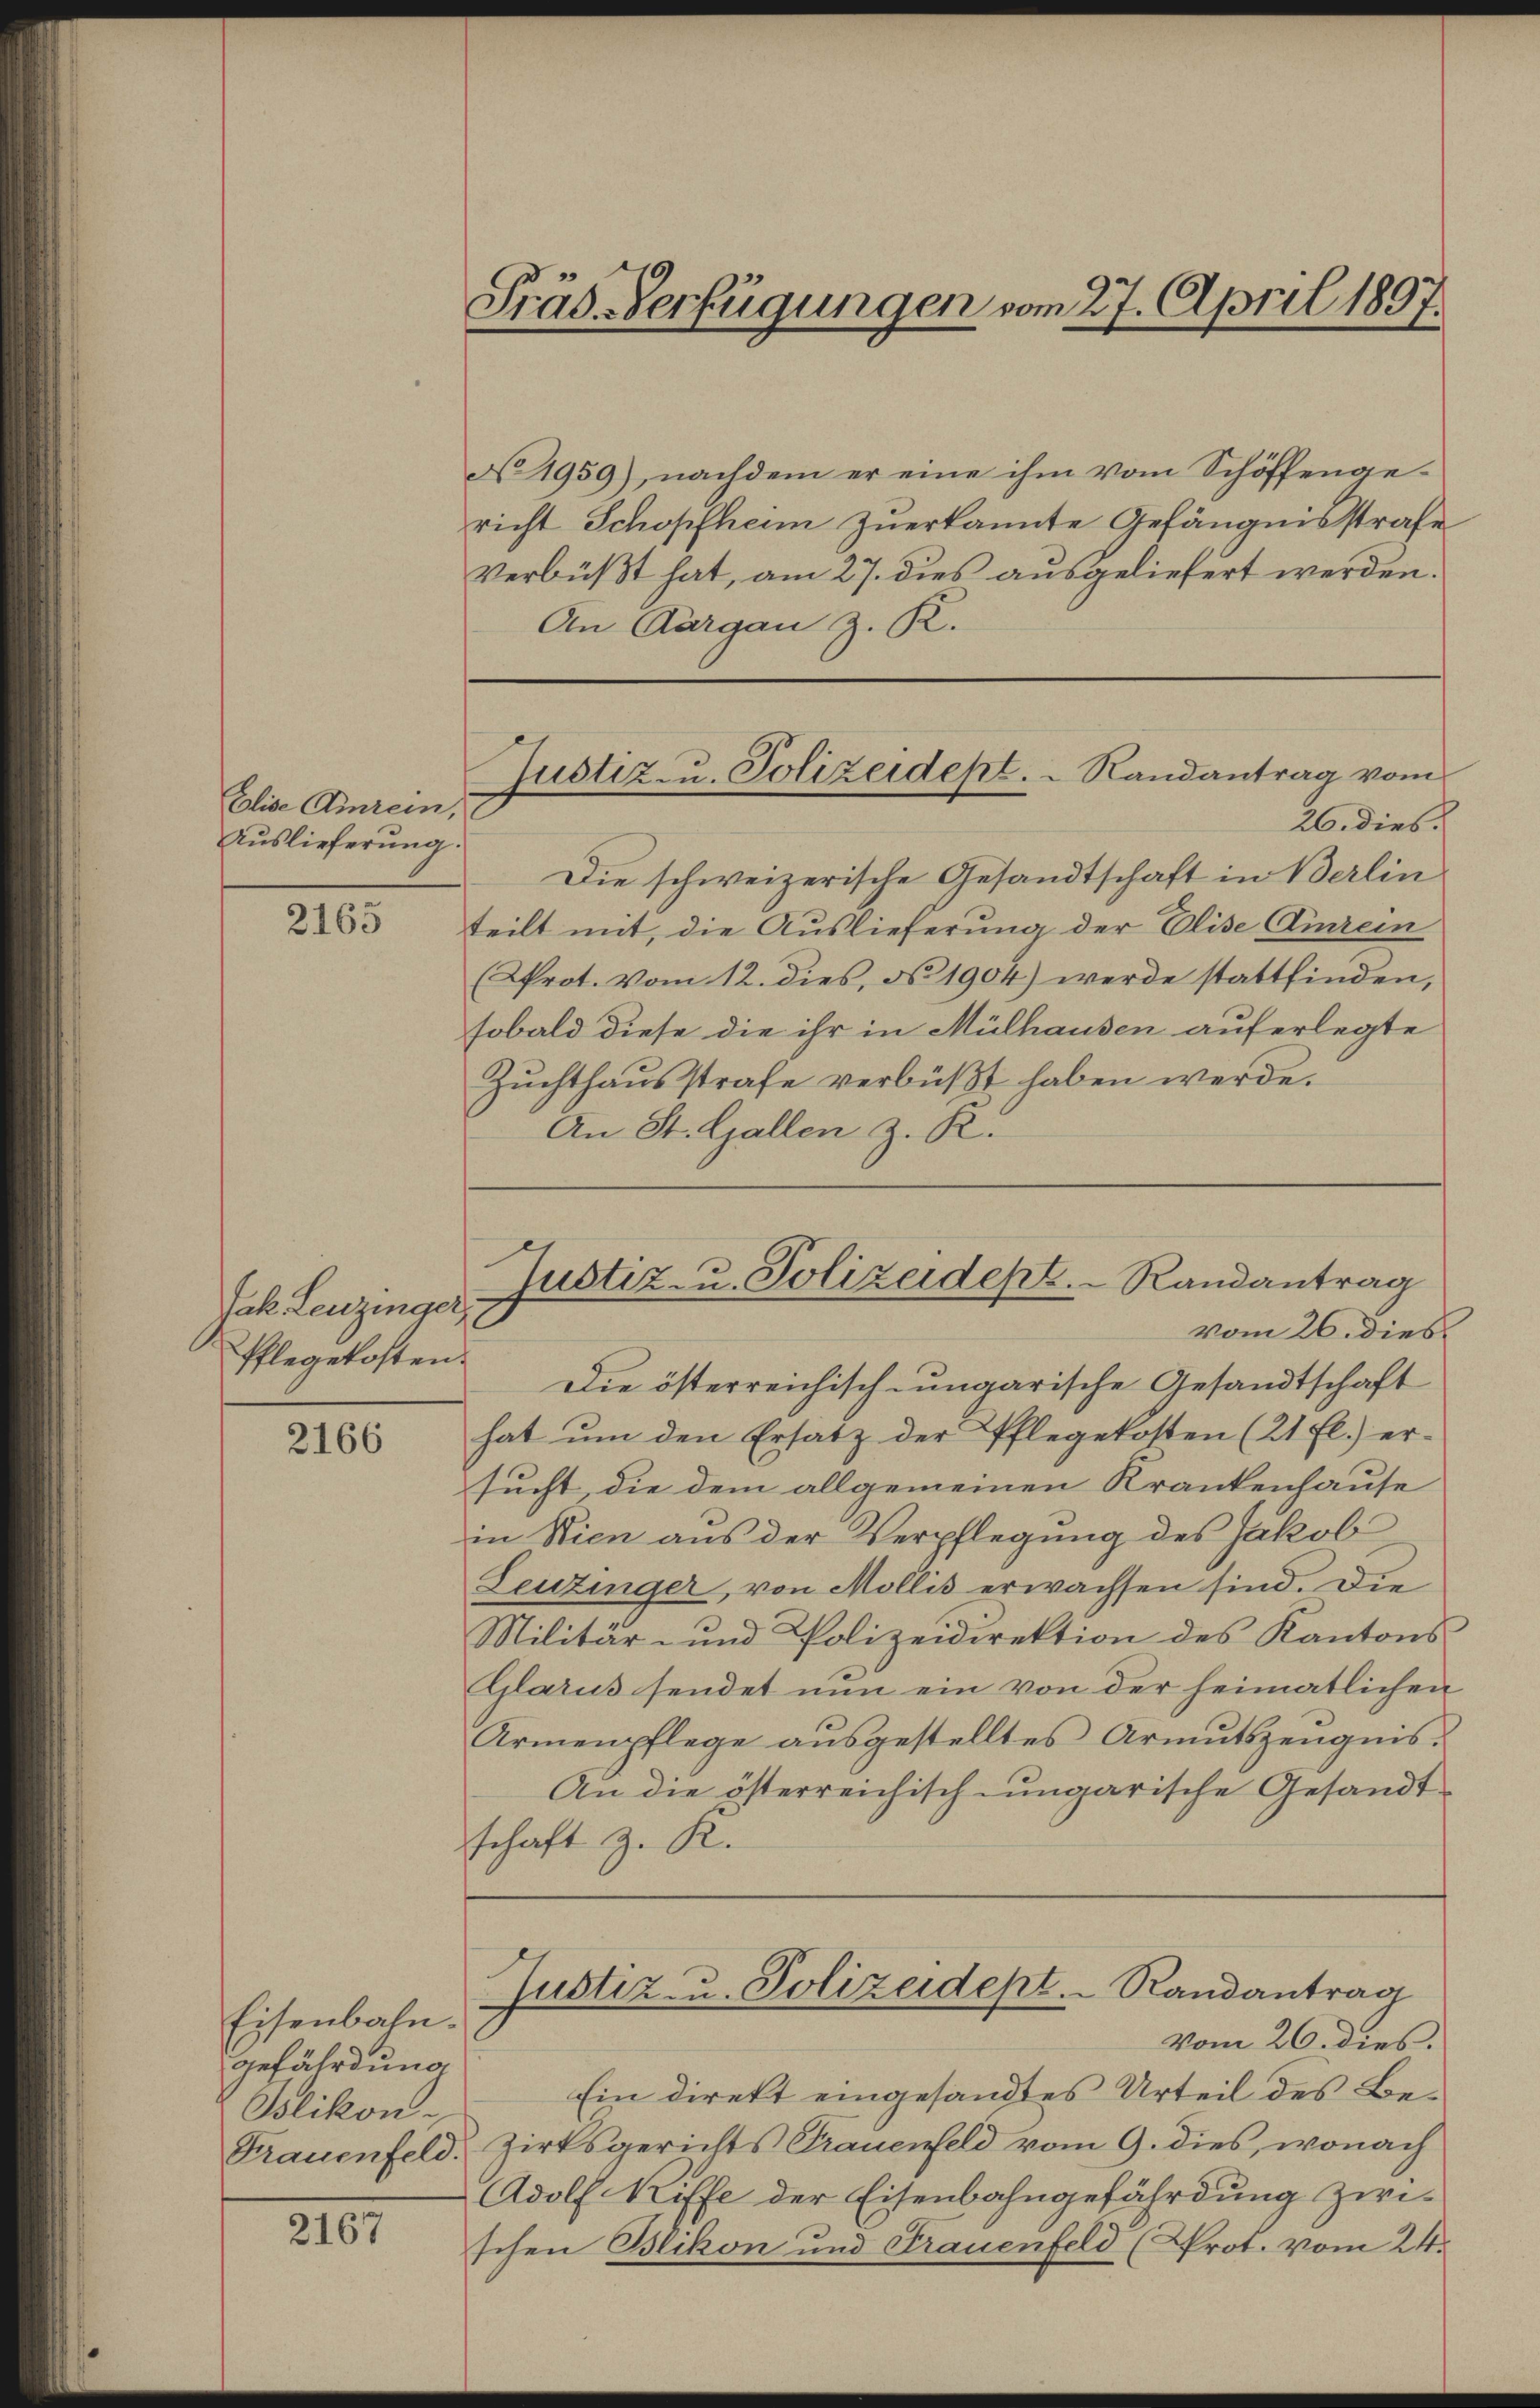
Elise Einrein,
Auslieferung.

2165

Jak. Leuzinger
Pflegekosten.

2166

Eisenbahn.
gefährdung
Jolikon
Frauenfeld.

2167

Präs. Verfügungen vom 27. April 1897.

No. 1959), nachdem er eine ihm vom Schöffengericht Schopfheim zuerkannte Gefängnisstrafe
verbüßt hat, am 27. dies ausgeliefert werden.
An Aargau z. R.
26. dies.
Die schweizerische Gesandtschaft in Berlin
teilt mit, die Auslieferung der Elise Anrein
(rot. Vom 12. dies, No 1904) werde stattfinden,
sobald diese die ihr in Mülhausen auferlegte
Zŭchthaŭsstrafe verbüβt haben werde.
An St. Gallen z. R.

Justiz- u. Polizeidept.   Randantrag vom

Justiz- u. Polizeidept. Randantrag
vom 26. dies

Die österreichisch-ungarische Gesandtschaft
hat um den Ersatz der Pflegekosten (21 fl.) er-
sucht, die dem allgemeinen Krankenhause
in Nien aus der Verpflegung des Jakob
Leuzinger, von Mollis erwachsen sind. Die
Militär- und Polizeidirektion des Kantons
Glarus sendet nun ein von der heimatlichen
Armenpflege ausgestelltes Armutszeugnis.
An die österreichisch-ungarische Gesandtschaft z. K.
Justiz- u. Polizeidept. Randantrag
Vom 26. dies
Ein direkt eingesandtes Urteil des Be¬
Zirksgerichts Grauenfeld vom 9. dies, wonach
Adolf triffe der Eisenbahngefährdung zwi-
schen Blikon und Frauenfeld (Prot. vom 24.